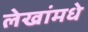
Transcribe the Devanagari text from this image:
लेखांमधे